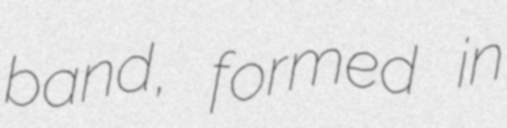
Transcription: band, formed in